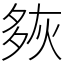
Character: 㷇